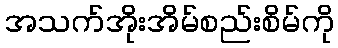
အသက်အိုးအိမ်စည်းစိမ်ကို